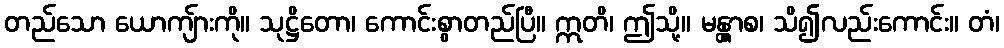
တည်သော ယောကျ်ားကို။ သုဋ္ဌိတော၊ ကောင်းစွာတည်ပြီ။ ဣတိ၊ ဤသို့။ မန္တွာစ၊ သိ၍လည်းကောင်း။ တံ၊